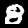
Label: 8